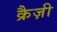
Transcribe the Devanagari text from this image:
क्रैज़ी